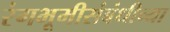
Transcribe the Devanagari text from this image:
रंगभूमीसंबंधीच्या